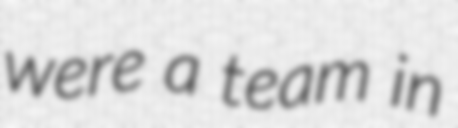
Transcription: were a team in